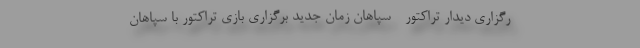
رگزاری دیدار تراکتور - سپاهان زمان جدید برگزاری بازی تراکتور با سپاهان